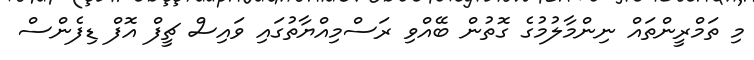
މި ތަމްރީންތައް ނިންމާލުމުގެ ގޮތުން ބޭއްވި ރަސްމިއްޔާތުގައި ވައިސް ޗީފް އޮފް ޑިފެންސް